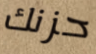
حزنك